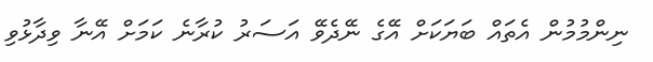
ނިންމުމުން އެތައް ބަޔަކަށް އޭގެ ނޭދެވޭ އަސަރު ކުރާނެ ކަމަށް އޭނާ ވިދާޅުވި